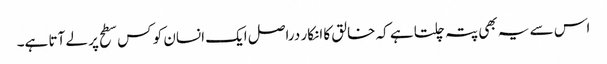
اس سے یہ بھی پتہ چلتا ہے کہ خالق کا انکار دراصل ایک انسان کو کس سطح پر لے آتا ہے۔